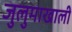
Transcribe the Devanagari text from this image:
जुलुमाखाली